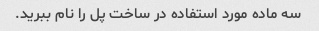
سه ماده مورد استفاده در ساخت پل را نام ببرید.